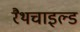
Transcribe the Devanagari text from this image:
रैथचाइल्ड